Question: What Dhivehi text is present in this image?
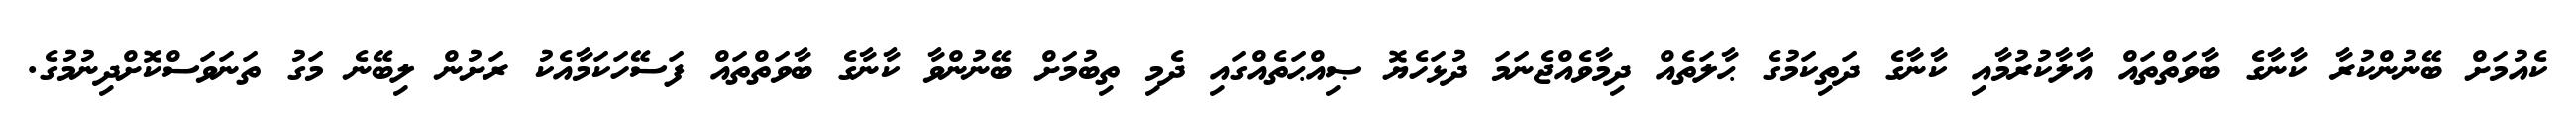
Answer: ކެއުމަށް ބޭނުންކުރާ ކާނާގެ ބާވަތްތައް އާލާކުރުމާއި ކާނާގެ ދަތިކަމުގެ ޙާލަތެއް ދިމާވެއްޖެނަމަ ދުޅަހެޔޮ ޞިއްޙަތެއްގައި ދެމި ތިބުމަށް ބޭނުންވާ ކާނާގެ ބާވަތްތައް ފަސޭހަކަމާއެކު ރަށުން ލިބޭނެ މަގު ތަނަވަސްކޮށްދިނުމުގެ.